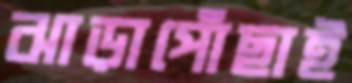
ঝাড়াপোঁছাই